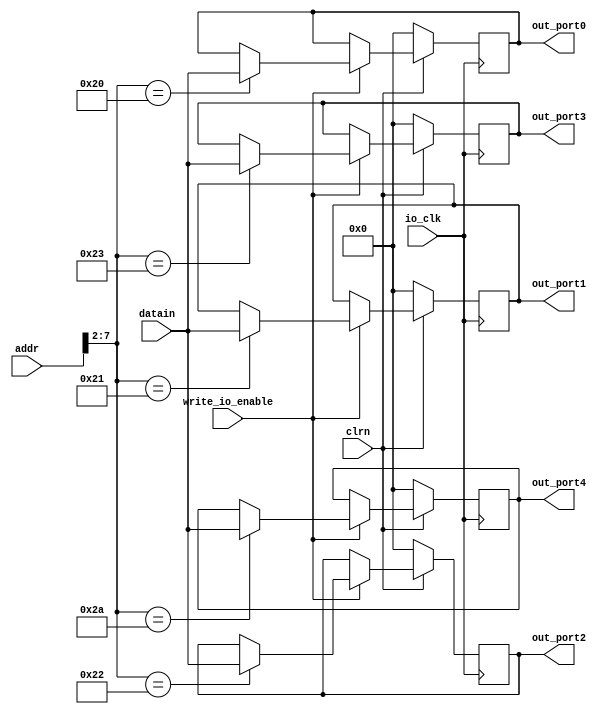
module io_output(addr,datain,write_io_enable,io_clk,clrn,
	out_port0,out_port1,out_port2,out_port3, out_port4); 
//reset. if necessary,can use reset signal to reset the output to 0.

	input [31:0] addr,datain;
	input write_io_enable,io_clk;
	input clrn;
	output [31:0] out_port0,out_port1,out_port2,out_port3, out_port4;
	reg [31:0] out_port0;
	reg [31:0] out_port1;
	reg [31:0] out_port2;
	reg [31:0] out_port3;
		reg [31:0] out_port4;

	always @ (posedge io_clk)
	begin
		if(clrn == 0)
		begin
			out_port0 = 0;
			out_port1 = 0;
			out_port2 = 0;
			out_port3 = 0;
				out_port4 = 0;
		end
		else
		begin
			if (write_io_enable == 1)
				case (addr[7:2])
					6'b100000: out_port0=datain;
					6'b100001: out_port1=datain;
					6'b100010: out_port2=datain;
					6'b100011: out_port3=datain;
						6'b101010: out_port4=datain;		// A8h
				endcase
		end
	end

endmodule